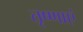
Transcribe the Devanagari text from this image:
तृष्णाएं